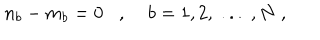
LaTeX: n _ { b } - m _ { b } = 0 , \; b = 1 , 2 , \; . . . \; , N \; ,